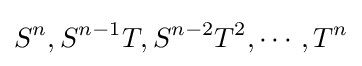
S^{n},S^{n-1}T,S^{n-2}T^{2},\cdots ,T^{n}